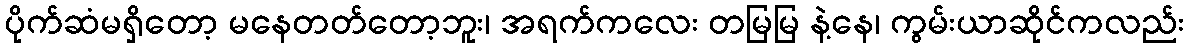
ပိုက်ဆံမရှိတော့ မနေတတ်တော့ဘူး၊ အရက်ကလေး တမြမြ နဲ့နေ၊ ကွမ်းယာဆိုင်ကလည်း